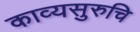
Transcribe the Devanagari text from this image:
काव्यसुरुचि